Bréfritari: Jóna Hálfdanardóttir
Viðtakandi: Helgi Hálfdánarson
Dagsetning: A-1850-01-05
Skrifað á: Eyri  N-Ís.
Jóna var systir Helga Hálfdanarsonar

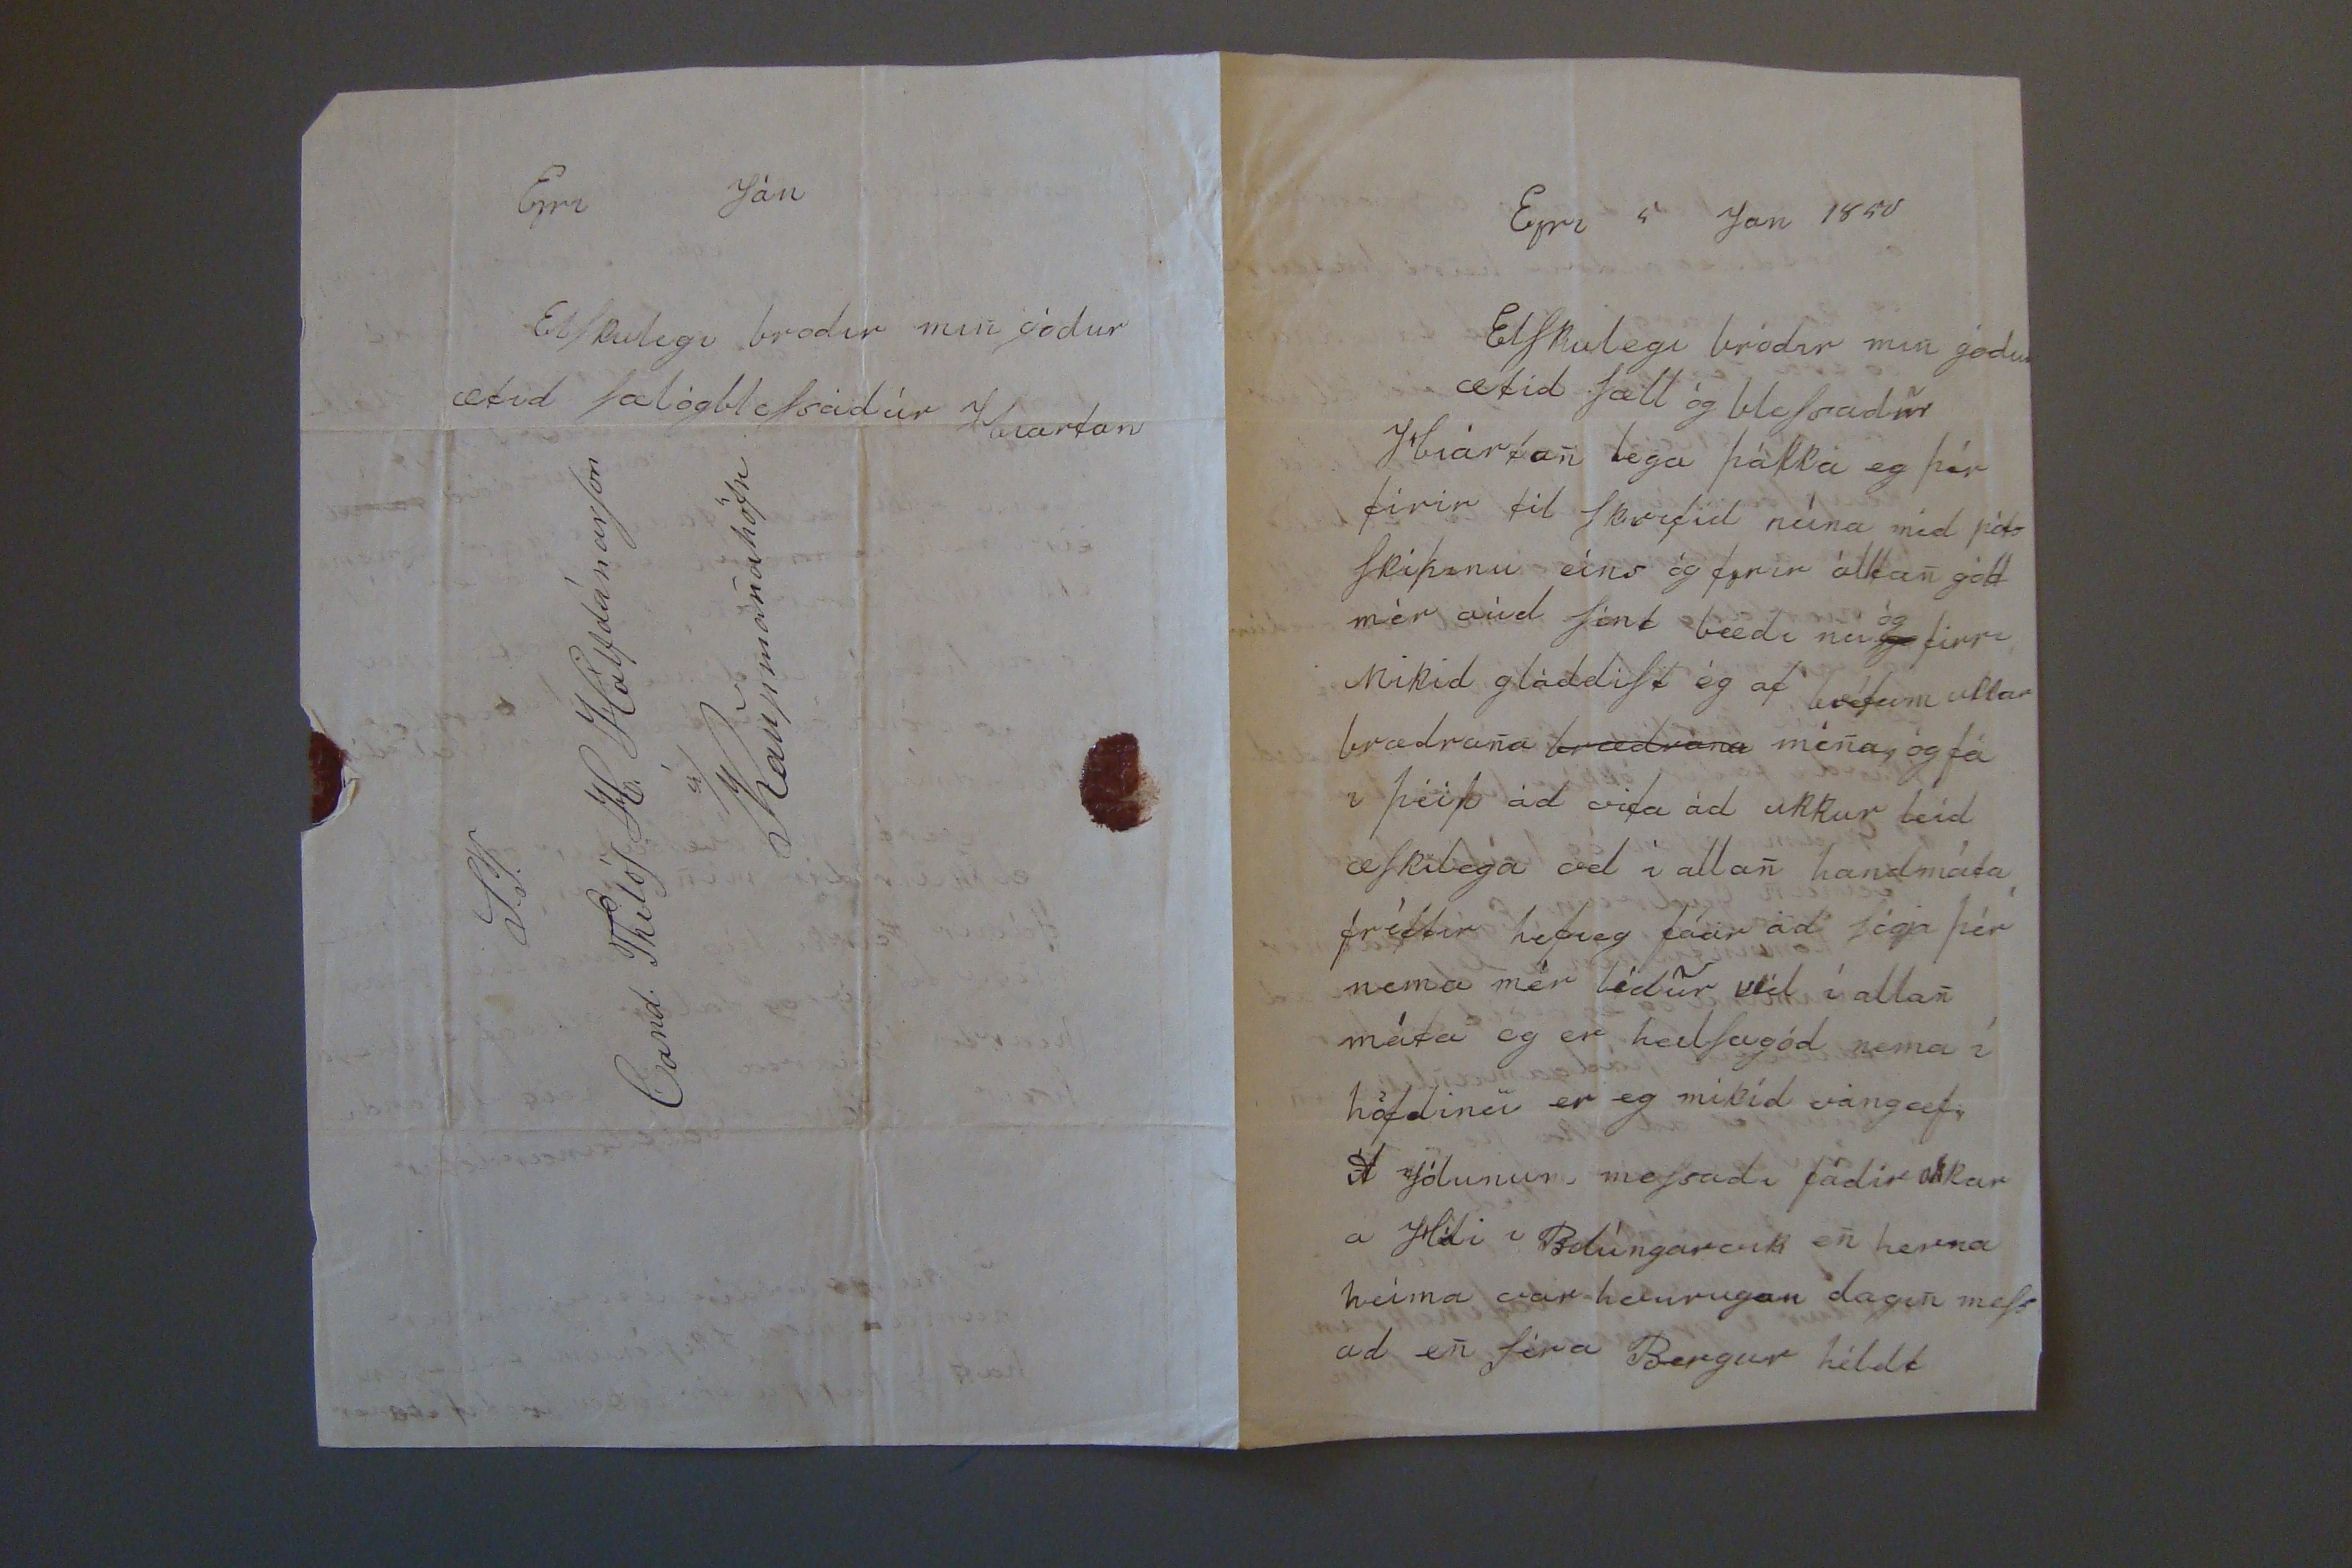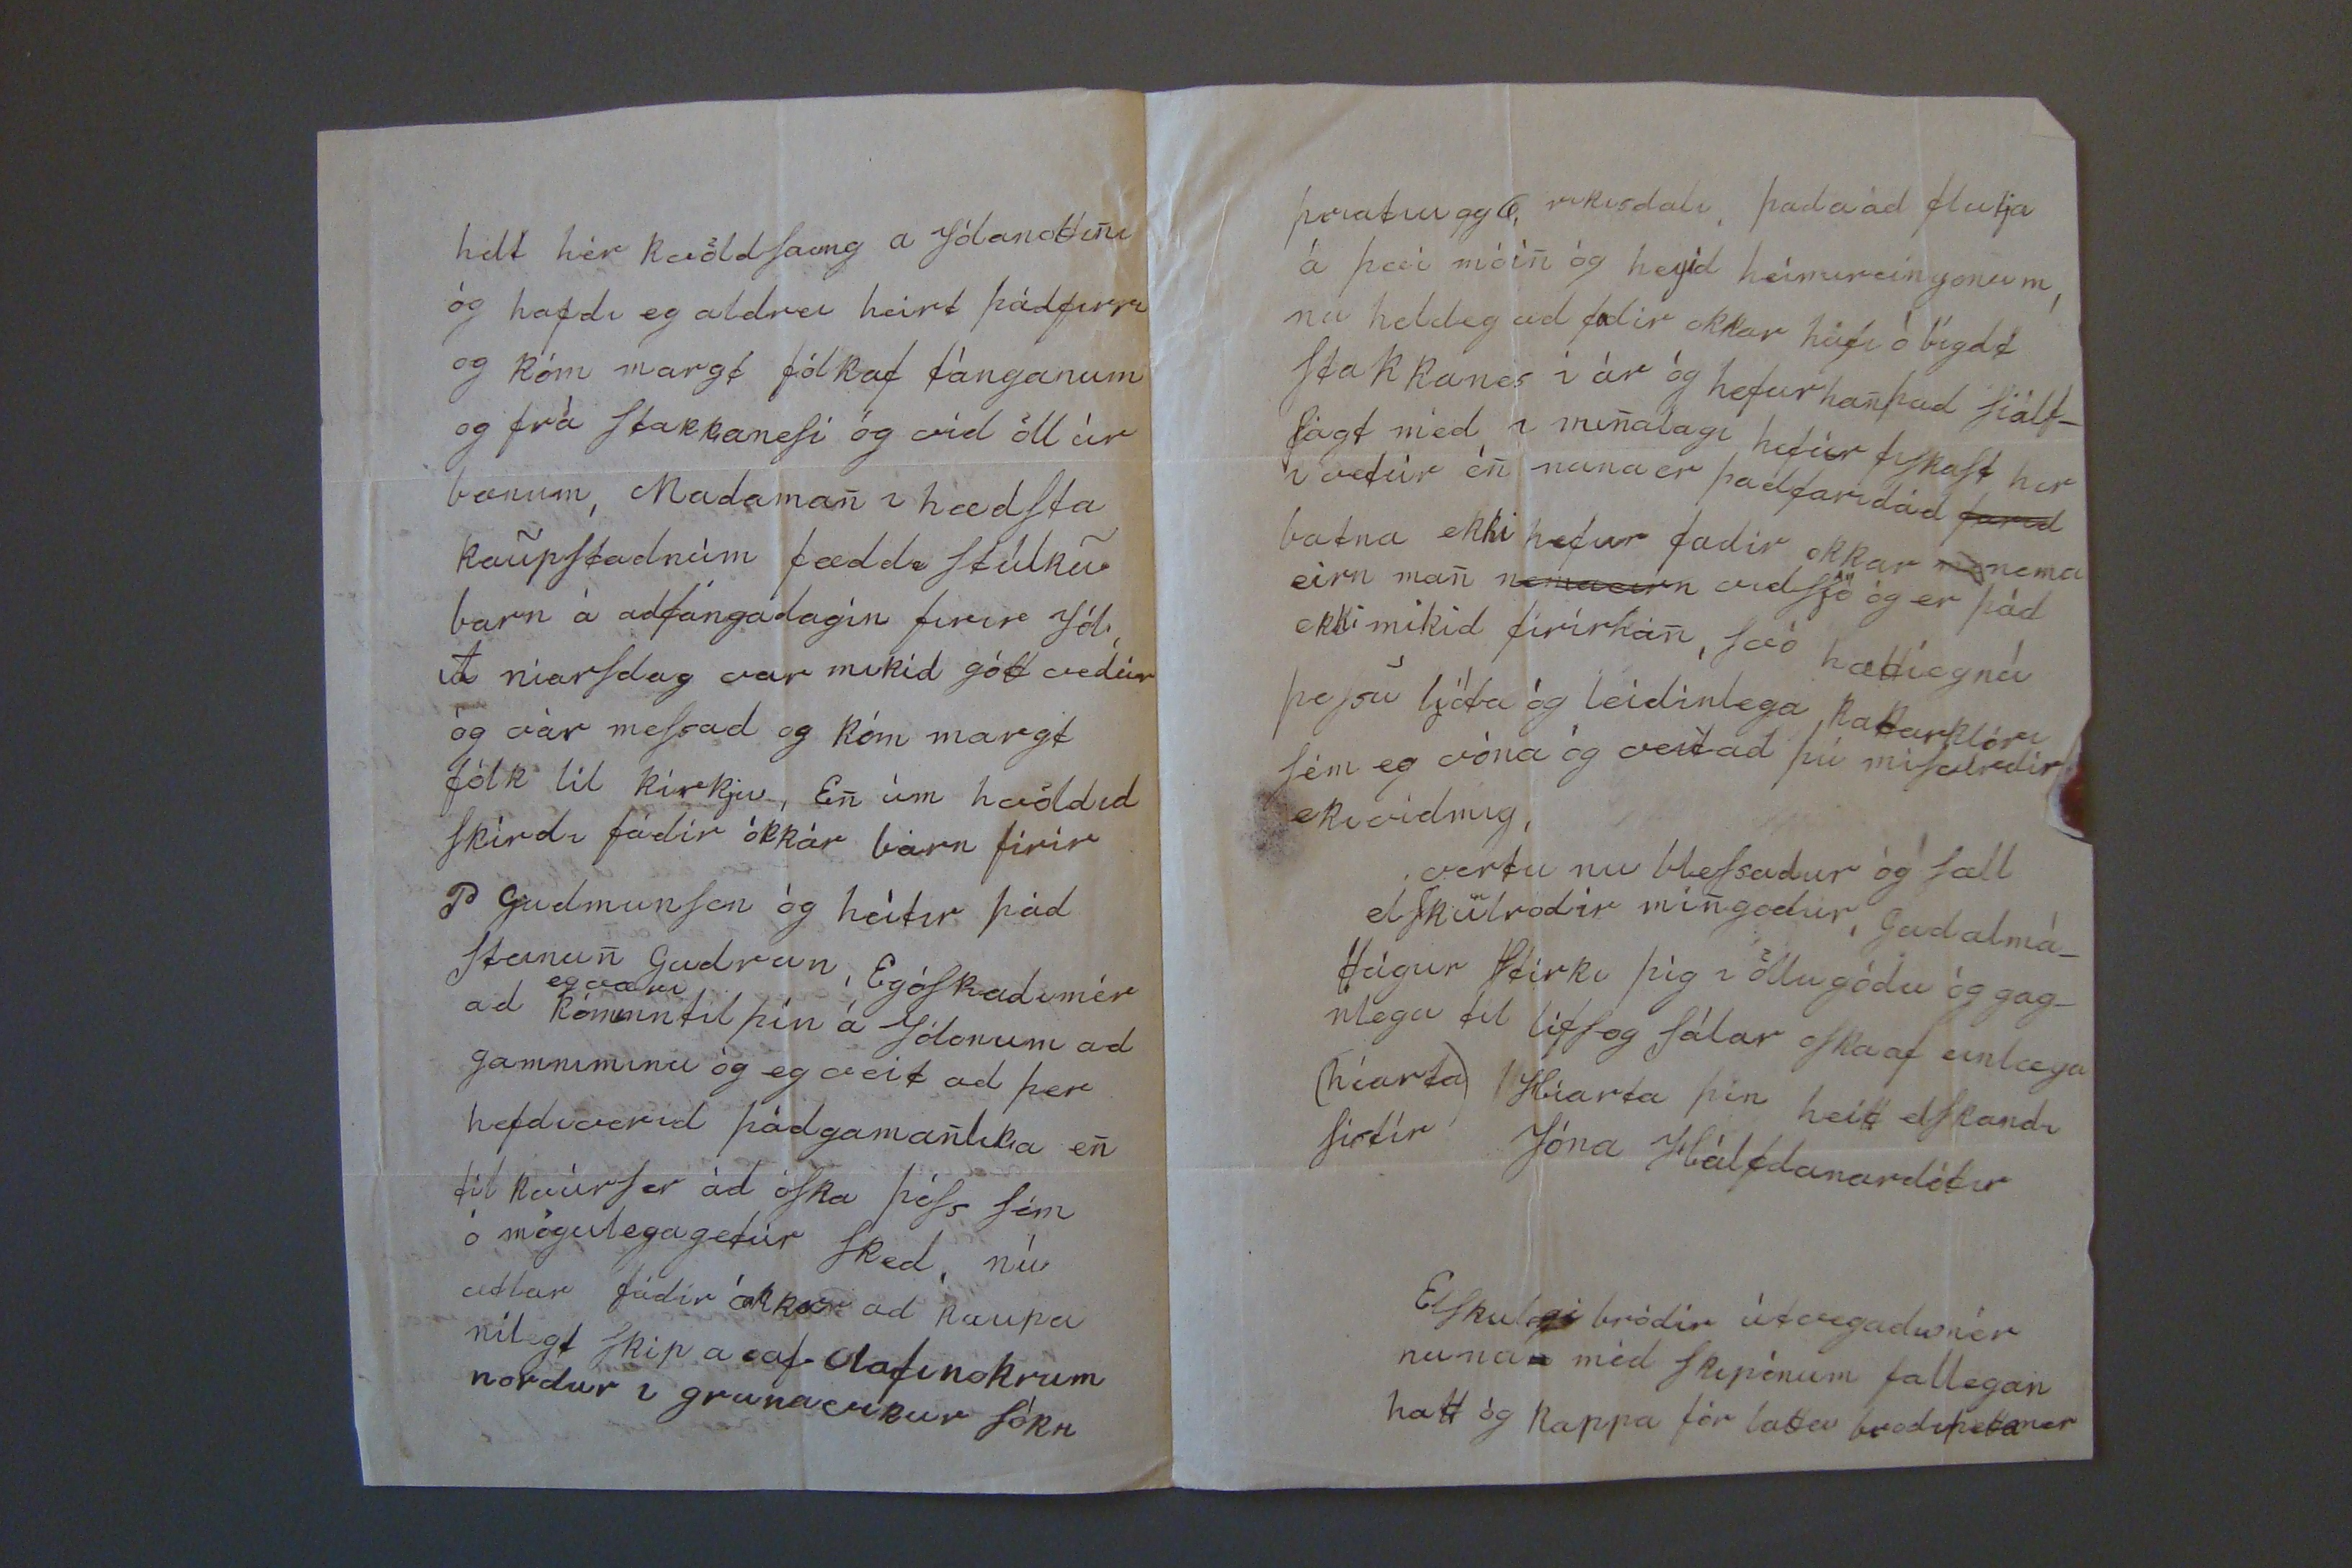

Eyri 5 Jan 1850
Elskulegi bródir minn gódur ætíd sæll og blessadur
Hiartan lega þakka eg þér firir til skrifid núna med póts skipinu eins og fyrir álkan gott mér aud sínt bædi nú
og
firri Mikid gladdist ég af bréfum ukkar brædrana
brædrana
minna, og fá i
þei0
ad vita ad ukkur leid æskilega vel i allann handmáta fréttir hefieg fáar ad sígja þér nema mér lídur vel í allann máta og er heilsugód nema í höfdinu er eg mikid vangæfi A jólunum messadi fadir okkar a Hóli i Bolúngarvik enn herna heíma var hvuruguan daginn mess ad enn síra Bergur hildt
helt hér kvöldsaung a Jólanottinni og hafdi eg aldrei heirt þád firra og kóm margt fólk af tánganum og frá stakkanesi og vid öll úr bænum, Madamann i hædsta kaupstadnum fæddi stúlku barn á adfangadagin firir Jól A niarsdag var mikid gott vedur og var messad og kóm margt fólk til kirkju, Enn um kvöldid skírdi fadir okkar barn firir P Gudmunson og heitir þad Steinunn Gudrun, Eg óskadi mér ad
eg væri
kominn til þín á Jólonum ad gamniminu og eg veit ad þer hefdi verid þád gamann lika enn til kvúrs er ad óska þess sem ó mögulega getur sked, nú atlar fadir okkar ad kaupa nilegt skip a af Olafi nokrum nordur í grunavikur sókn
þriatiu gg0
rikisdali, þada ad flutja á þvi móinn og heyid heimureingonum, nu heldeg ad adir okkar hafi ó bígdt stakkanes í ár og hefur hann þad siálf_ sagt med i minnalagi hefur fiskast her i vetur enn nuna er þad farid ad
farid
batna ekki hefur fadir okkar
mn
nema eirn mann
nemaeirn
vid sjó og er þad ekki mikid firir hann, svó hætti eg nú þessu ljóta og leidinlega kattarklóri sem eg vona eg veit ad þú misalredir eki vidmig, vertu nu blessadur og sæll elskubrodir minn godur, gud almá_ ttugur stirki þig i öllu gódu og gag_ nlegu til lifs og sálar oska af einlægu (hiarta) Hiarta þin heitt elskandi sistir
Jóna Hálfdanardóttir
Elskulegi bródir útvegadu mér nuna med skipónum fallegan hatt og kappa fór lattu brodi þettamer
Eyri Ján
Elskulegi brodir minn gódur ætid sælogblessadur Hiartan
S.T. Cand. Thilós. H. Hálfdánarson á Kaupmannahöfn